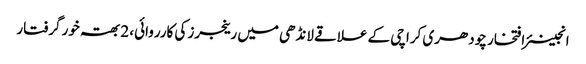
انجینئر افتخار چودھری	 کراچی کے علاقے لانڈھی میں رینجرز کی کارروائی، 2 بھتہ خور گرفتار